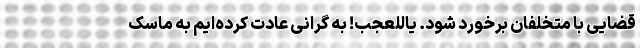
قضایی با متخلفان برخورد شود. یاللعجب! به گرانی عادت کرده‌ایم به ماسک